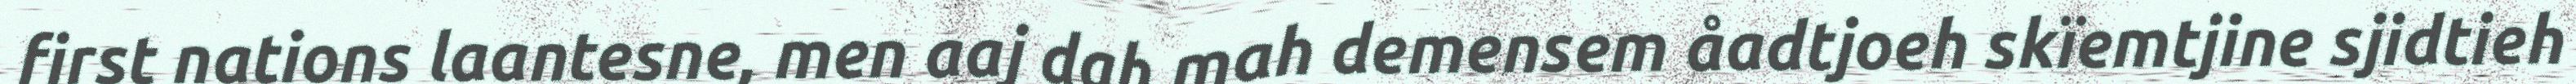
first nations laantesne, men aaj dah mah demensem åadtjoeh skïemtjine sjidtieh